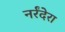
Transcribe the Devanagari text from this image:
नर्रंदेरा